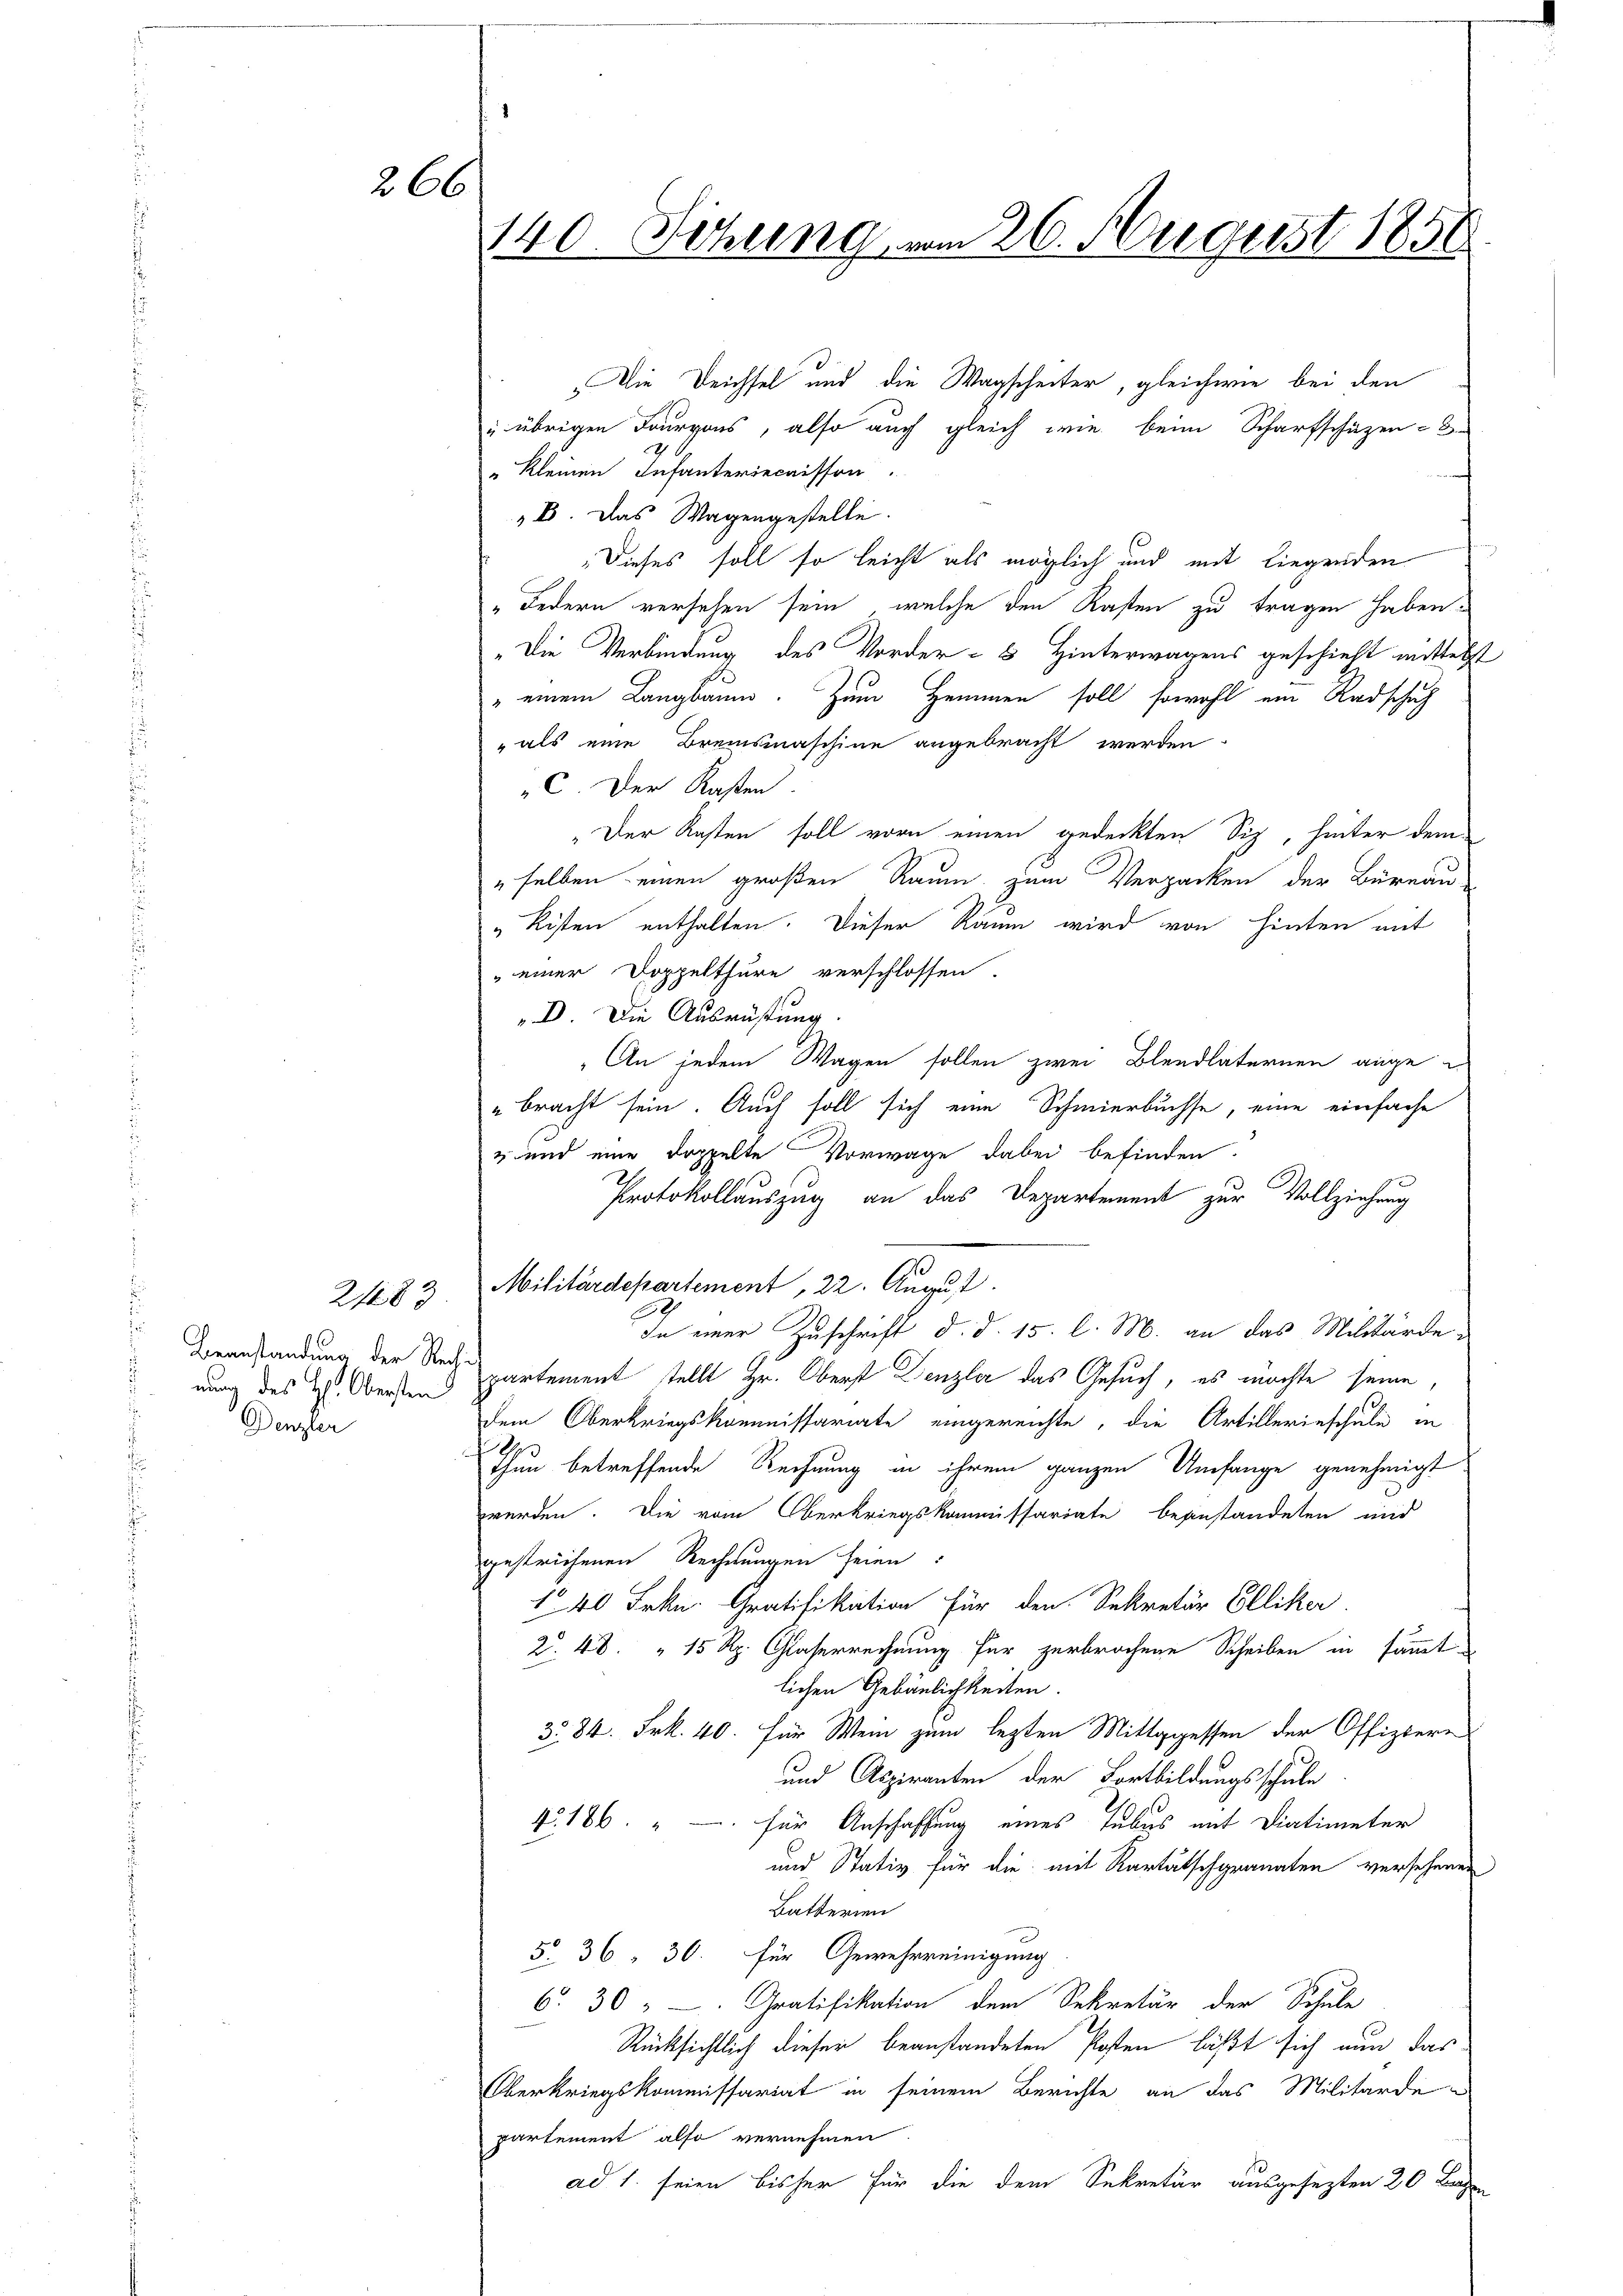
2183

266

Beanstandung der Rechnung des H. Obersten
Denzler

140. Setzung vom 26. August 1858

Die Reichsel und die Wagscheiter, gleichwie bei den
u. übrigen Tourgons, also auch gleich wie beim Scharfschäzen-
" Kleinen Infanteriecaisson
„E. Das Wagengestelle.
Dieses soll so leicht als möglich und mit Liegenden
„Federn versehen sein, welche den Kasten zu tragen haben.
"Die Verbindung des Vorder- & Hinterwagens geschieht mittelst
" einem Langbaum. Zum Hammen soll sowohl ein Radschaf
" als eine Bremsmaschine angebracht werden
C. Der Kasten.
„Der Kosten soll vorn einen gedeckten Siz, hinter dem
selben einen großen Raum zum Verpacken der Büreau
"Risten enthalten. Dieser Raum wird von hinten mit
einer Doppelthüre verschlossen.
D. Die Ausrüstung
An jedem Wagen sollen zwei Blendlaternen angebracht sein. Auch soll sich eine Schmierbuchse, eine einfache
 und eine doppelte Vorwage dabei befinden.
Protokollauszug an das Departement zur Vollziehung
Militärdepartement, 22. August
In einer Zuschrift d. d. 15. l. M. an das Militärde
partement stellt Hr. Oberst Denzler das Gesuch, es möchte seine,
dem Oberkriegskommnissariate eingereichte, die Artillerieschule in
Thun betreffende Rechnung in ihrem ganzen Umfange genehmigt
werden. Die vom Oberkriegskommissariate beanstandeten und
gestrichenen Rechnungen seien:
1 40 Frkn. Gratifikation für den Sekretär Elliker.
2. 48. " 15 Rp. Glaserrechnung für zerbrochene Scheiben in sämmt
lichen Gebäulichkeiten.
3. 84. Frk. 40. für Wein zum lezten Mittagessen der Offiziere
und Aspiranten der Fortbildungsschule
4. 186. " — für Anschaffung eines Tubus mit Diatimeter
und Stativ für die mit Kartätschgranaten versehenen
Batterien
5. 36, 30. für Gewehrreinigung
6. 30 " - Gratifikation dem Sekretär der Schule
Rücksichtlich dieser beanstandeten Posten läßt sich nun das
Überkriegskommissariat in seinem Berichte an das Militärde-
partement also vernehmen
ad 1. seien bisher für die dem Sekretär ausgesezten 20 Tagen